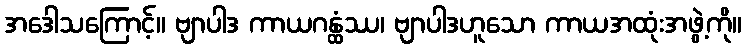
အဒေါသကြောင့်။ ဗျာပါဒ ကာယဂန္ထံဿ၊ ဗျာပါဒဟူသော ကာယအထုံးအဖွဲ့ကို။